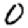
Digit: 0